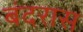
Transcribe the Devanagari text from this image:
बंदरास